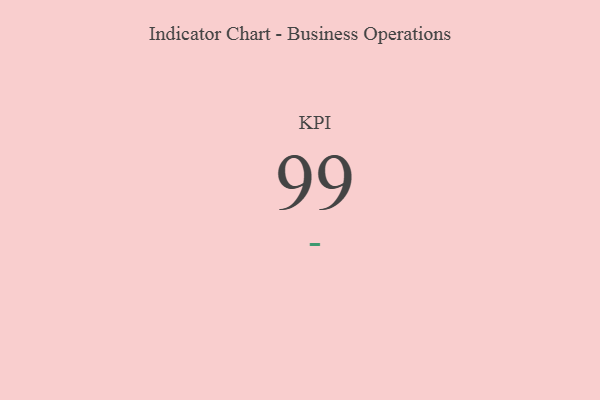
{"axis": {"x": "KPI", "y": "Value"}, "legend": [""], "data": [{"x": "KPI", "y": 99, "type": ""}]}